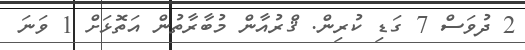
2 ދުވަސް 7 ގަޑި ކުރިން. ޤްރުއާން މުބާރާތުން އަތޮޅަށް 1 ވަނަ